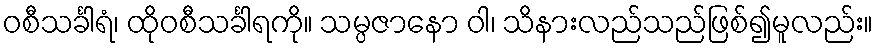
ဝစီသင်္ခါရံ၊ ထိုဝစီသင်္ခါရကို။ သမ္ပဇာနော ဝါ၊ သိနားလည်သည်ဖြစ်၍မူလည်း။